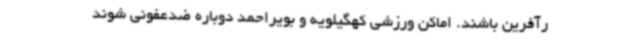
رآفرین باشند. اماکن ورزشی کهگیلویه و بویراحمد دوباره ضدعفونی شوند